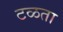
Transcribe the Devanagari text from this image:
टळता